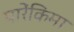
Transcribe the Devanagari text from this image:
पारेंकिमा